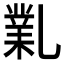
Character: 𠄅